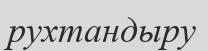
рухтандыру